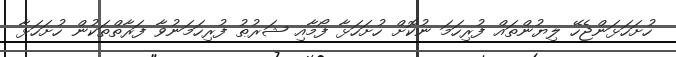
ހުށަހަޅަންޖެހޭ ލިޔުންތައް ފުރިހަމަ ނުކޮށް ހުށަހަޅާ ފޯމާއި ޝަރުޠު ފުރިހަމަނުވާ ފަރާތްތަކުން ހުށަހަޅާ